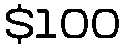
$100